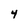
Character: 4